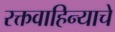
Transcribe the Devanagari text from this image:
रक्तवाहिन्याचे